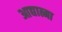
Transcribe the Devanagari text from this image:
आद्यात्मा